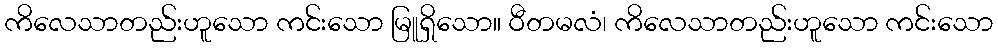
ကိလေသာတည်းဟူသော ကင်းသော မြူရှိသော။ ဝီတမလံ၊ ကိလေသာတည်းဟူသော ကင်းသော